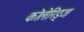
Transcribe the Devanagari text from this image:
कोलेरिड्ज